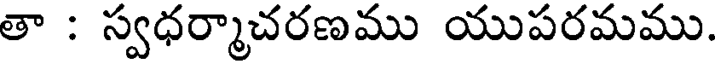
తా : స్వధర్మాచరణము యుపరమము.